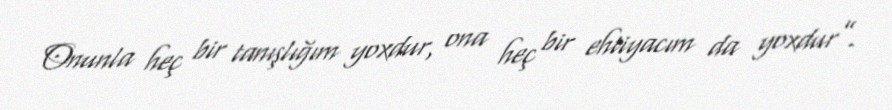
Onunla heç bir tanışlığım yoxdur, ona heç bir ehtiyacım da yoxdur”.